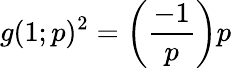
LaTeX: g(1;p)^{2}=\left({\frac{-1}{p}}\right)p